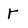
Character: r